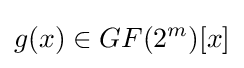
g(x)\in GF(2^{m})[x]